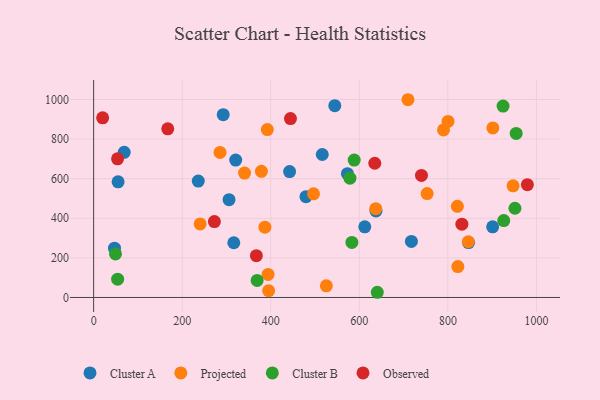
{"axis": {"x": "Study Hours", "y": "Demand"}, "legend": ["Cluster A", "Cluster B", "Observed", "Projected"], "data": [{"x": "320.8", "y": 694.0, "type": "Cluster A"}, {"x": "236.3", "y": 587.9, "type": "Cluster A"}, {"x": "442.5", "y": 636.0, "type": "Cluster A"}, {"x": "637.6", "y": 436.9, "type": "Cluster A"}, {"x": "305.8", "y": 494.1, "type": "Cluster A"}, {"x": "612.3", "y": 357.0, "type": "Cluster A"}, {"x": "846.6", "y": 277.1, "type": "Cluster A"}, {"x": "544.6", "y": 968.9, "type": "Cluster A"}, {"x": "479.5", "y": 509.3, "type": "Cluster A"}, {"x": "69.0", "y": 733.4, "type": "Cluster A"}, {"x": "47.1", "y": 249.1, "type": "Cluster A"}, {"x": "55.2", "y": 584.1, "type": "Cluster A"}, {"x": "316.5", "y": 276.5, "type": "Cluster A"}, {"x": "292.6", "y": 923.4, "type": "Cluster A"}, {"x": "573.1", "y": 625.2, "type": "Cluster A"}, {"x": "516.3", "y": 722.1, "type": "Cluster A"}, {"x": "717.6", "y": 283.0, "type": "Cluster A"}, {"x": "901.1", "y": 357.1, "type": "Cluster A"}, {"x": "395.2", "y": 34.0, "type": "Projected"}, {"x": "947.2", "y": 564.0, "type": "Projected"}, {"x": "525.5", "y": 59.1, "type": "Projected"}, {"x": "393.9", "y": 116.4, "type": "Projected"}, {"x": "709.8", "y": 998.9, "type": "Projected"}, {"x": "637.1", "y": 448.4, "type": "Projected"}, {"x": "392.2", "y": 848.2, "type": "Projected"}, {"x": "285.4", "y": 732.8, "type": "Projected"}, {"x": "901.5", "y": 856.4, "type": "Projected"}, {"x": "821.4", "y": 460.4, "type": "Projected"}, {"x": "386.8", "y": 355.0, "type": "Projected"}, {"x": "340.8", "y": 628.6, "type": "Projected"}, {"x": "753.1", "y": 524.7, "type": "Projected"}, {"x": "846.1", "y": 281.6, "type": "Projected"}, {"x": "240.5", "y": 371.7, "type": "Projected"}, {"x": "496.6", "y": 523.5, "type": "Projected"}, {"x": "790.1", "y": 846.5, "type": "Projected"}, {"x": "822.5", "y": 156.2, "type": "Projected"}, {"x": "378.9", "y": 637.1, "type": "Projected"}, {"x": "800.3", "y": 889.3, "type": "Projected"}, {"x": "583.2", "y": 278.2, "type": "Cluster B"}, {"x": "924.6", "y": 966.6, "type": "Cluster B"}, {"x": "54.2", "y": 92.4, "type": "Cluster B"}, {"x": "588.4", "y": 694.2, "type": "Cluster B"}, {"x": "49.4", "y": 219.8, "type": "Cluster B"}, {"x": "954.2", "y": 828.8, "type": "Cluster B"}, {"x": "640.6", "y": 26.3, "type": "Cluster B"}, {"x": "369.2", "y": 86.1, "type": "Cluster B"}, {"x": "926.1", "y": 388.6, "type": "Cluster B"}, {"x": "951.4", "y": 450.6, "type": "Cluster B"}, {"x": "578.8", "y": 602.6, "type": "Cluster B"}, {"x": "20.3", "y": 907.4, "type": "Observed"}, {"x": "979.5", "y": 569.9, "type": "Observed"}, {"x": "54.0", "y": 700.6, "type": "Observed"}, {"x": "634.9", "y": 677.9, "type": "Observed"}, {"x": "367.5", "y": 211.4, "type": "Observed"}, {"x": "831.6", "y": 370.2, "type": "Observed"}, {"x": "444.5", "y": 903.6, "type": "Observed"}, {"x": "272.7", "y": 383.4, "type": "Observed"}, {"x": "167.4", "y": 851.8, "type": "Observed"}, {"x": "740.3", "y": 616.3, "type": "Observed"}]}